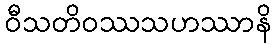
ဝီသတိဝဿသဟဿာနိ